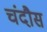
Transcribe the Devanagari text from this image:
चंदौस